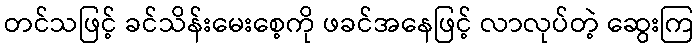
တင်သဖြင့် ခင်သိန်းမေးစေ့ကို ဖခင်အနေဖြင့် လာလုပ်တဲ့ ဆွေးကြ